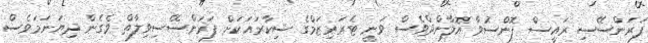
ފަރަންސޭސި ރައީސް ފޮންސުވާ އޮލާންދްވެސް ވަނީ ޓެރަރިޒަމްގެ ޝިކާރައަކަށް ފަރަންސޭސިވިލާތް ވެގެން ދިޔަނަމަވެސް